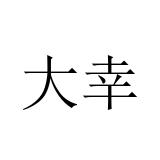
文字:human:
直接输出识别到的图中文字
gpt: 大幸